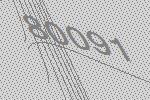
80091